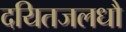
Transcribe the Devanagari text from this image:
दयितजलधौ